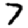
Digit: 7